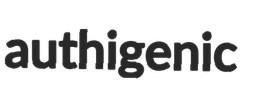
authigenic